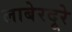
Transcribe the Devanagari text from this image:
लाबेरदूरे